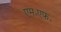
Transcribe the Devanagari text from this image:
एम॰एफ॰